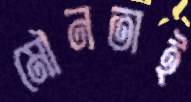
মৌনতাই